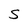
Character: S